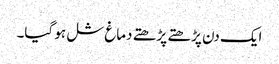
ایک دن پڑھتے پڑھتے دماغ شل ہو گیا۔